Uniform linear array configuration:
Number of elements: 48
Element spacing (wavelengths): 1
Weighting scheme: blackman
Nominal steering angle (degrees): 45
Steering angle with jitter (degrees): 43.783
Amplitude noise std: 0.05
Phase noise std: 0.05

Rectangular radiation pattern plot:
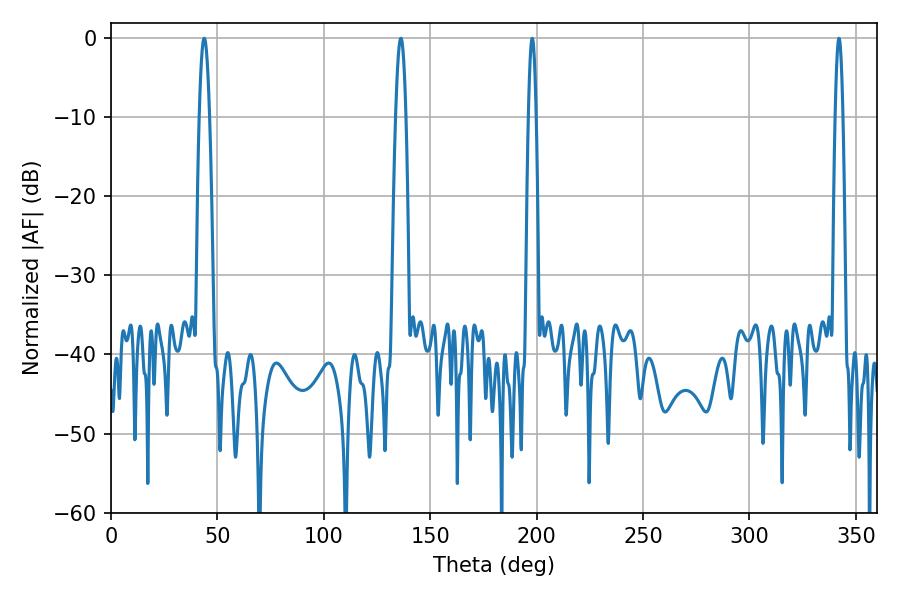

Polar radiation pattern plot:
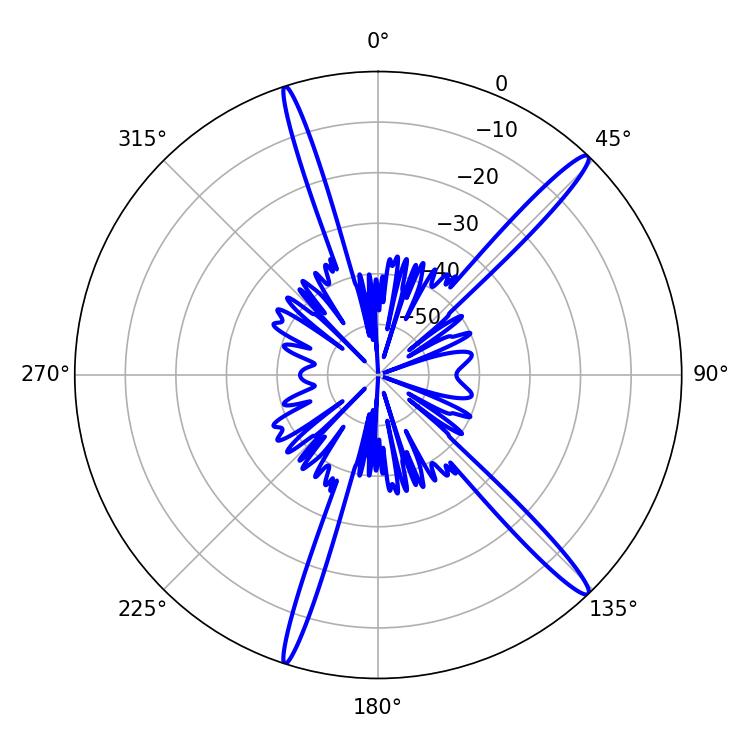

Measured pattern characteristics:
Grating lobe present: TRUE
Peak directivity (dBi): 16.324
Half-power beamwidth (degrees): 2.7
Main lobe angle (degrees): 43.74